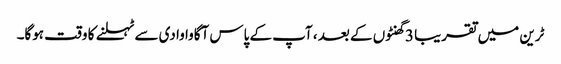
ٹرین میں تقریبا 3 گھنٹوں کے بعد ، آپ کے پاس آگاوا وادی سے ٹہلنے کا وقت ہوگا۔